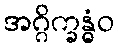
အဂ္ဂိက္ခန္ဓံဝ